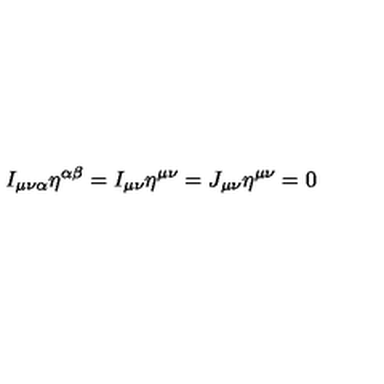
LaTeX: I _ { \mu \nu \alpha } \eta ^ { \alpha \beta } = I _ { \mu \nu } \eta ^ { \mu \nu } = J _ { \mu \nu } \eta ^ { \mu \nu } = 0